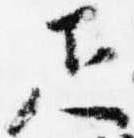
疋